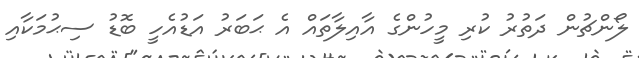
ލޯންޗުން ދަތުރު ކުރި މީހުންގެ އާއިލާތައް އެ ޙަބަރު އަޑުއެހީ ބޮޑު ސިޙުމަކާއި